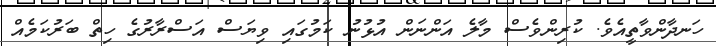
ހަނދާންވާތީއެވެ. ކުރިންވެސް މާލެ އަންނަން އުޅުނު ކަމުގައި ވިޔަސް އަސްރާރުގެ ހިތް ބަރުކަމެއް